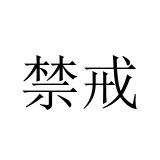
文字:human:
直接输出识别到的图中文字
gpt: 禁戒